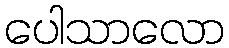
ပေါသာလော